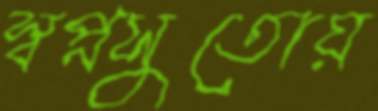
স্বপ্নসুতোয়